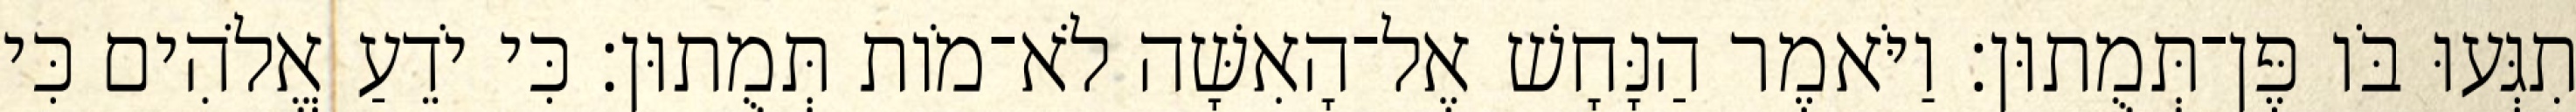
תִגְּעוּ בֹּו פֶּן־תְּמֻתוּן׃ וַיֹּאמֶר הַנָּחָשׁ אֶל־הָאִשָּׁה לֹא־מֹות תְּמֻתוּן׃ כִּי יֹדֵעַ אֱלֹהִים כִּי